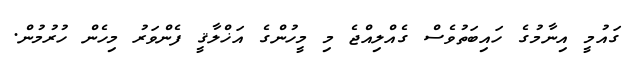
ގައުމީ އިނާމުގެ ހައިބަތުވެސް ގެއްލިއްޖެ މި މީހުންގެ އަޚްލާޤީ ފެންވަރު މިހެން ހުރުމުން.